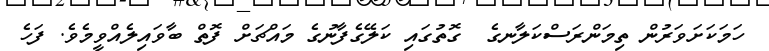
ހަމަކަށަވަރުން ތިމަންރަސްކަލާނގެ  ގޮތުގައި ކަލޭގެފާނުގެ މައްޗަށް ފޮތް ބާވައިލެއްވީމެވެ. ފަހެ